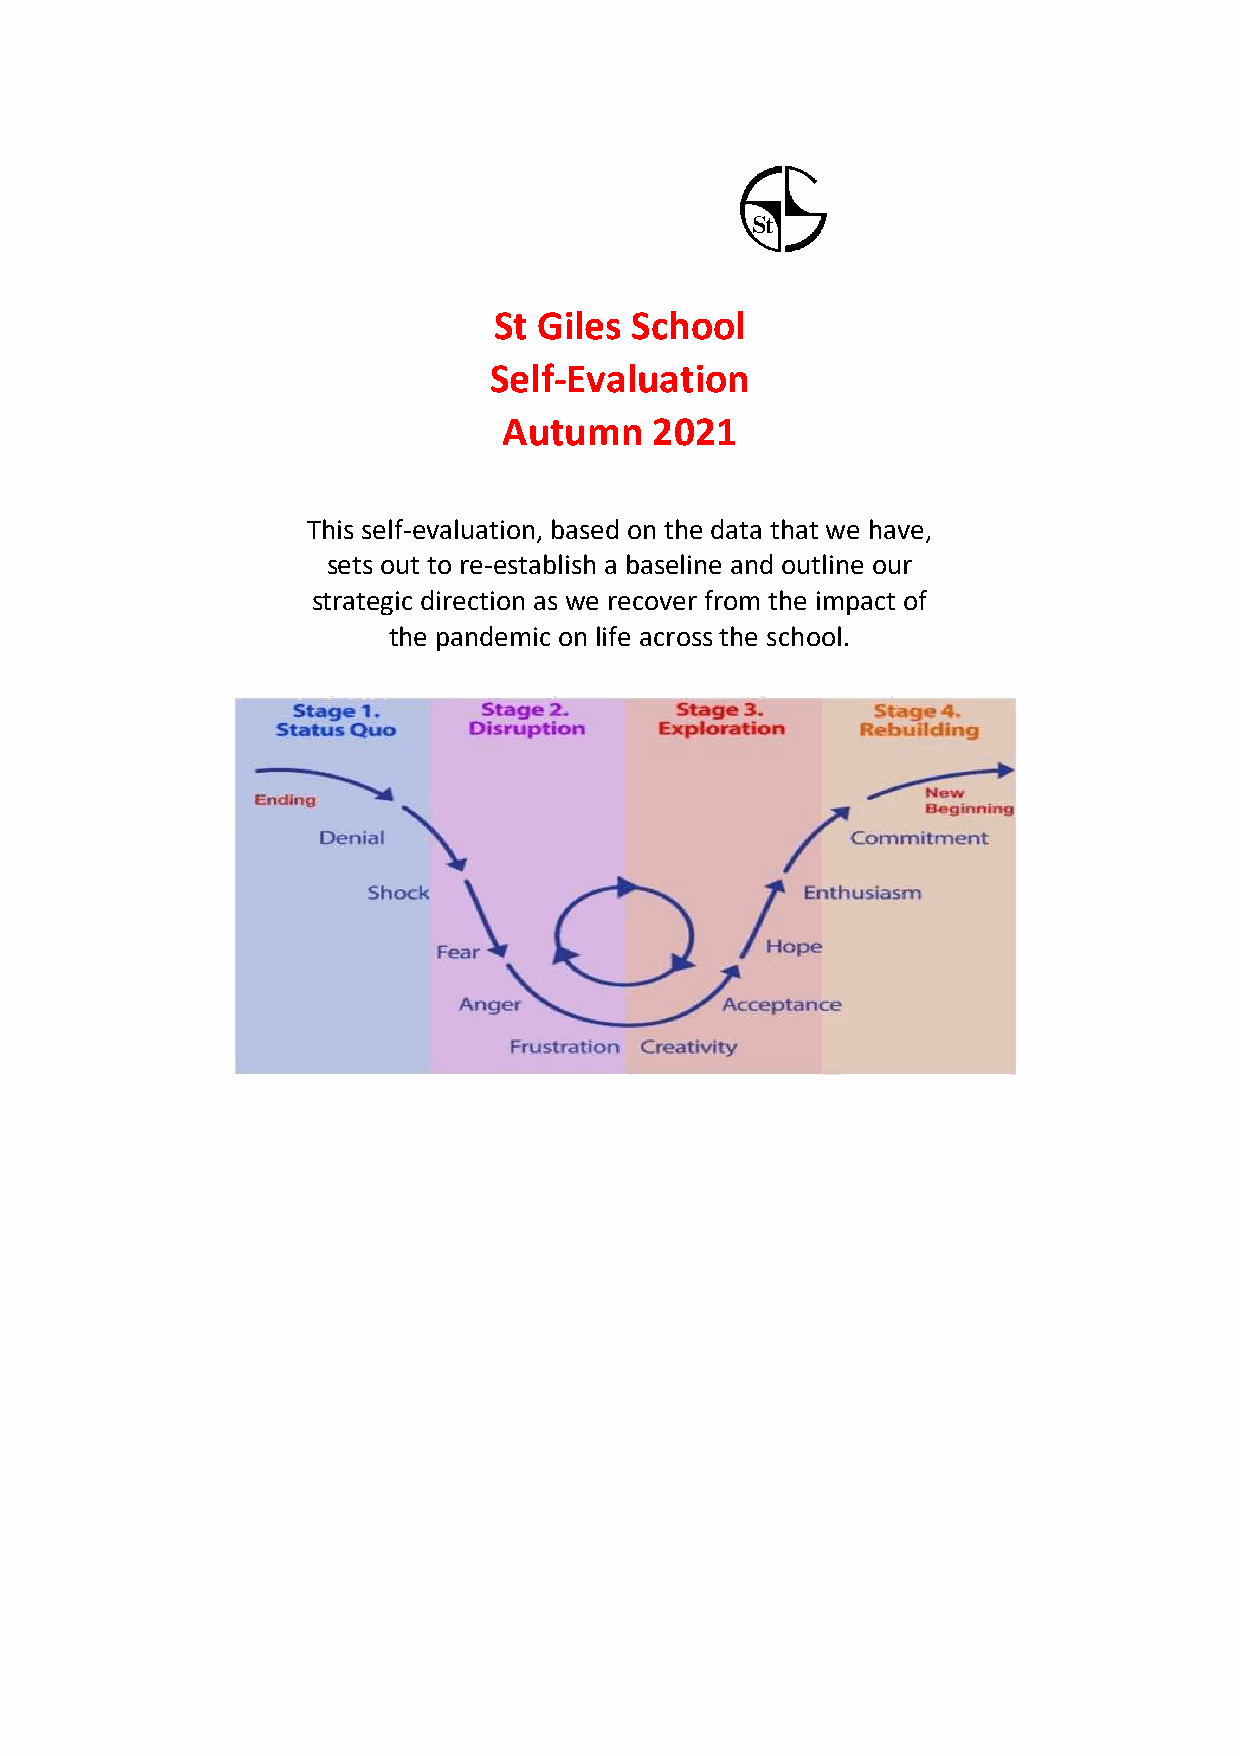
St Giles School
 Self-Evaluation
 Autumn    2021
 This self-evaluation, based on the data that we have,
 sets out to re-establish a baseline and outline our
 strategic direction as we recover from the impact of
 the pandemic on life across the school.